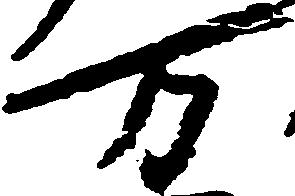
万